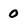
Character: 0